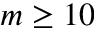
m \geq 1 0